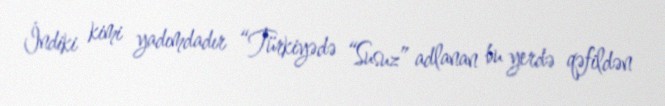
İndiki kimi yadımdadır “Türkiyədə “Susuz” adlanan bu yerdə qəfildən